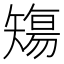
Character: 𥏻